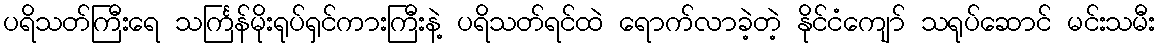
ပရိသတ်ကြီးရေ သင်္ကြန်မိုးရုပ်ရှင်ကားကြီးနဲ့ ပရိသတ်ရင်ထဲ ရောက်လာခဲ့တဲ့ နိုင်ငံကျော် သရုပ်ဆောင် မင်းသမီး